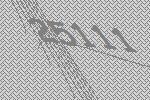
25111